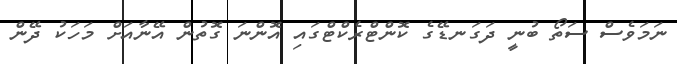
ނަމަވެސް ސަތޯ ބުނީ ދަގަނޑޭގެ ކޮންޓްރެކްޓްގައި އޮންނަ ގޮތުން އޭނާއަށް މަހަކު ދޭން